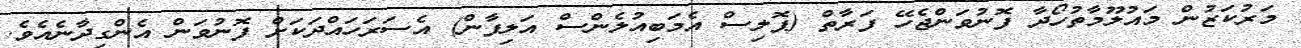
މަރުކަޒުން މައުލޫމާތުހޯދާ ފޮނުވަންޖެހޭ ފަރާތް (ޕޮލިސް އެމަބިއުލެންސް އަލިފާން) އެސަރަހައްދަކަށް ފޮނުވަން އެންގިދާނެއެވެ.